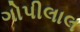
ગોપીલાલ